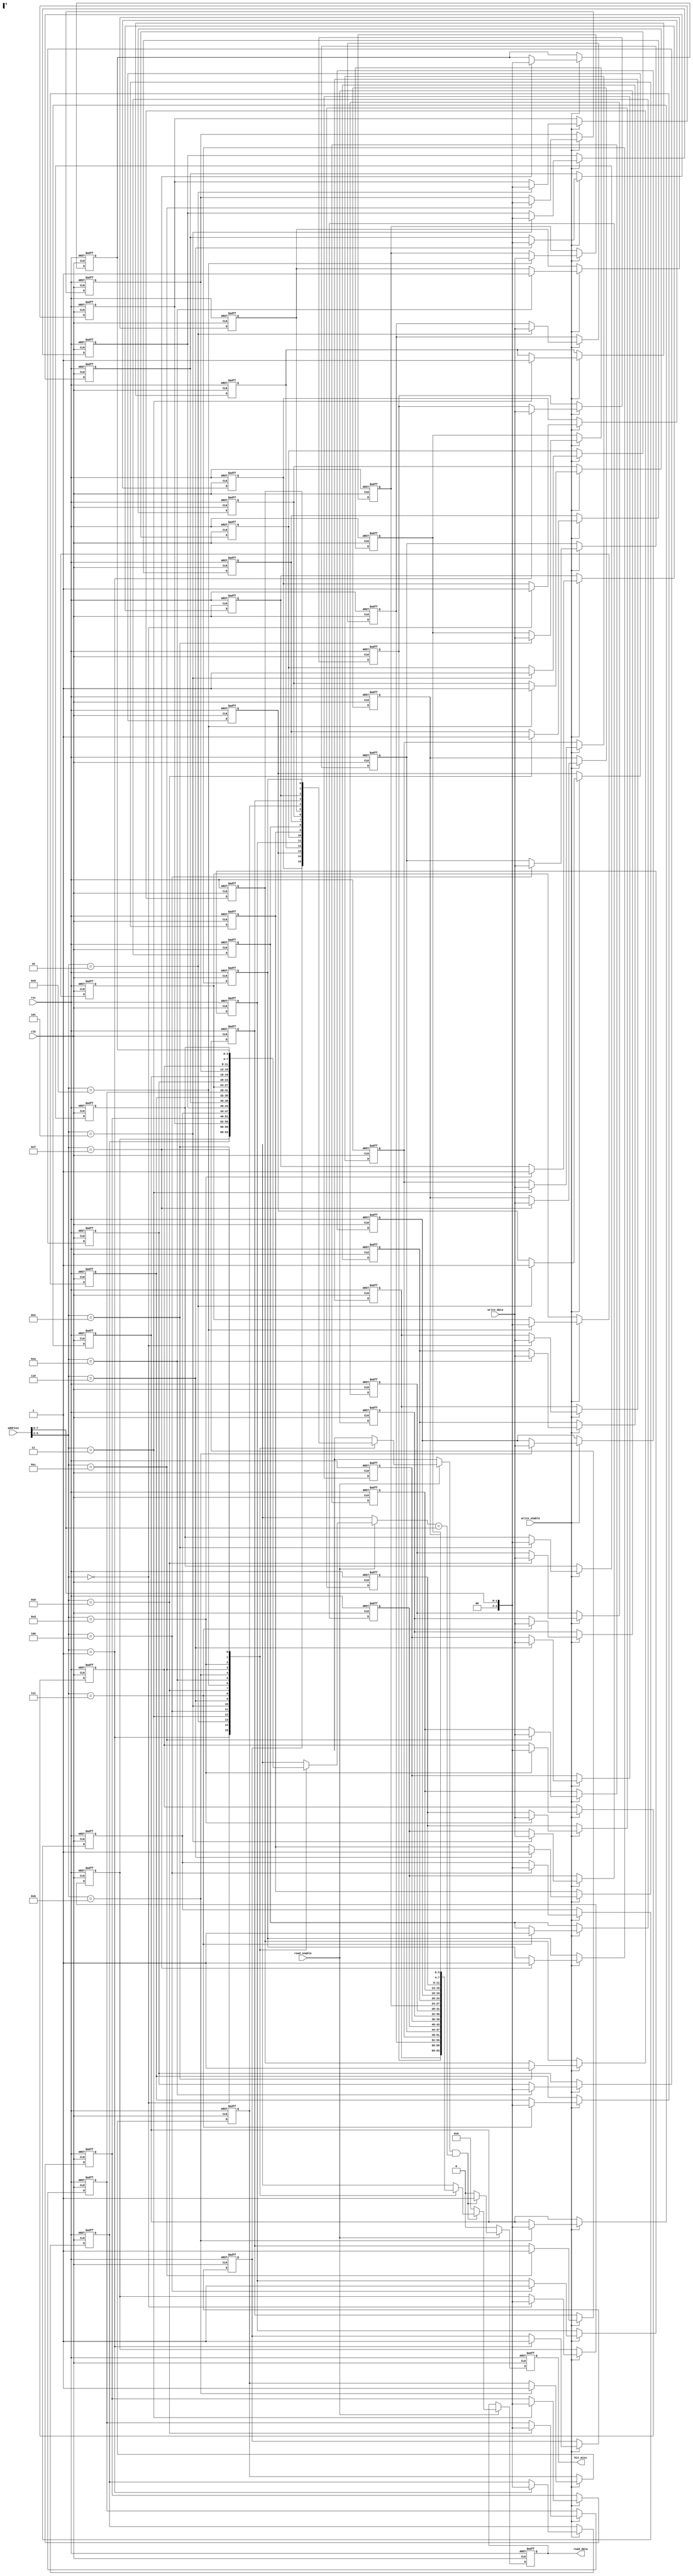
module DirectMappedCache #(
    parameter NUM_LINES = 16,       // Number of cache lines (can be configured)
    parameter BLOCK_SIZE = 4,       // Block size (in bytes)
    parameter ADDR_WIDTH = 8         // Width of memory address (for example purposes)
)(
    input  wire [ADDR_WIDTH-1:0] address,    // Address input
    input  wire [BLOCK_SIZE-1:0] write_data, // Data input for write operations
    input  wire read_enable,                  // Read operation enable
    input  wire write_enable,                 // Write operation enable
    input  wire clk,                          // Clock signal
    input  wire rst,                          // Reset signal
    output reg [BLOCK_SIZE-1:0] read_data,   // Data output on read
    output reg hit_miss                       // Hit (1) or Miss (0)
);

    // Cache structure
    reg [BLOCK_SIZE-1:0] cache_data [0:NUM_LINES-1];    // Data storage
    reg [ADDR_WIDTH-BLOCK_SIZE-1:0] cache_tag [0:NUM_LINES-1]; // Tag storage
    reg cache_valid [0:NUM_LINES-1];                    // Valid bits

    // Address decoding
    wire [ADDR_WIDTH-BLOCK_SIZE-1:0] tag;
    wire [$clog2(NUM_LINES)-1:0] index;
    wire [$clog2(BLOCK_SIZE)-1:0] block_offset;

    assign tag = address[ADDR_WIDTH-1:$clog2(BLOCK_SIZE)+$clog2(NUM_LINES)];
    assign index = address[$clog2(BLOCK_SIZE)+$clog2(NUM_LINES)-1:$clog2(BLOCK_SIZE)];
    assign block_offset = address[$clog2(BLOCK_SIZE)-1:0];

    // Initialization logic
    integer i;
    always @(posedge clk or posedge rst) begin
        if (rst) begin
            for (i = 0; i < NUM_LINES; i = i + 1) begin
                cache_valid[i] <= 1'b0;       // Invalidate all cache lines
                cache_tag[i] <= {ADDR_WIDTH-BLOCK_SIZE{1'b0}}; // Clear tags
                cache_data[i] <= {BLOCK_SIZE{1'b0}}; // Clear data
            end
            read_data <= {BLOCK_SIZE{1'b0}};
            hit_miss <= 1'b0;               // Reset hit/miss indicator
        end else begin
            hit_miss <= 1'b0; // Default to miss
            
            // Read Operation
            if (read_enable) begin
                // Check valid and tag
                if (cache_valid[index] && (cache_tag[index] == tag)) begin
                    read_data <= cache_data[index]; // Hit
                    hit_miss <= 1'b1; // Indicate hit
                end else begin
                    read_data <= {BLOCK_SIZE{1'b0}}; // Output default on miss
                end
            end
            
            // Write Operation
            if (write_enable) begin
                // Write data regardless of hit/miss (direct-mapped)
                cache_data[index] <= write_data; // Write new data
                cache_tag[index] <= tag; // Update tag
                cache_valid[index] <= 1'b1; // Set valid bit
            end
        end
    end

endmodule